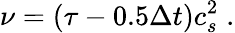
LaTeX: \nu=(\tau-0.5\Delta t)c_{s}^{2}\; .